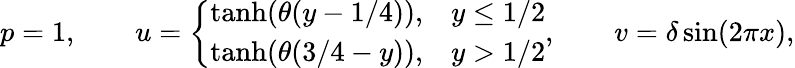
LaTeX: p=1,\qquad u=\left\{ \begin{array}{ll}{\operatorname{tanh}(\theta(y-1/4)),}&{y\leq 1/2}\\ {\operatorname{tanh}(\theta(3/4-y)),}&{y>1/2}\end{array}\right.,\qquad v=\delta\sin(2\pi x),